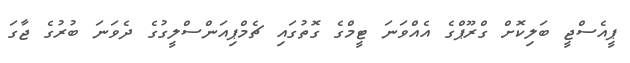
ޕީއެސްޖީ ބަލިކޮށް ގްރޫޕްގެ އެއްވަނަ ޓީމްގެ ގޮތުގައި ޗެމްޕިއަންސްލީގުގެ ދެވަނަ ބުރުގެ ޖާގަ